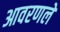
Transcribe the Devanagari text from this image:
आवरणले